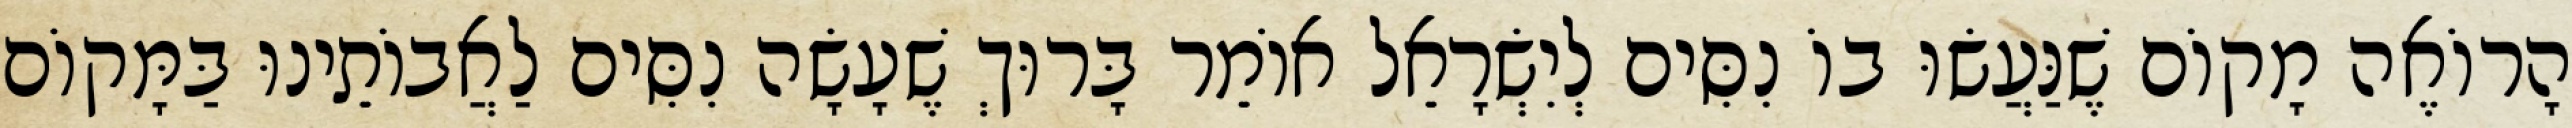
הָרוֹאֶה מָקוֹם שֶׁנַּעֲשׂוּ בוֹ נִסִּים לְיִשְׂרָאֵל אוֹמֵר בָּרוּךְ שֶׁעָשָׂה נִסִּים לַאֲבוֹתֵינוּ בַּמָּקוֹם